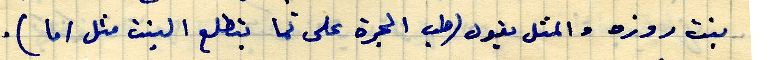
بنت روزه والمثل يقول (طب الجرة على تما بتطلع النبت مثل اما).